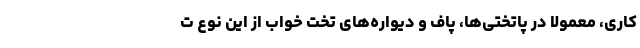
کاری، معمولا در پاتختی‌ها، پاف و دیواره‌های تخت خواب از این نوع ت